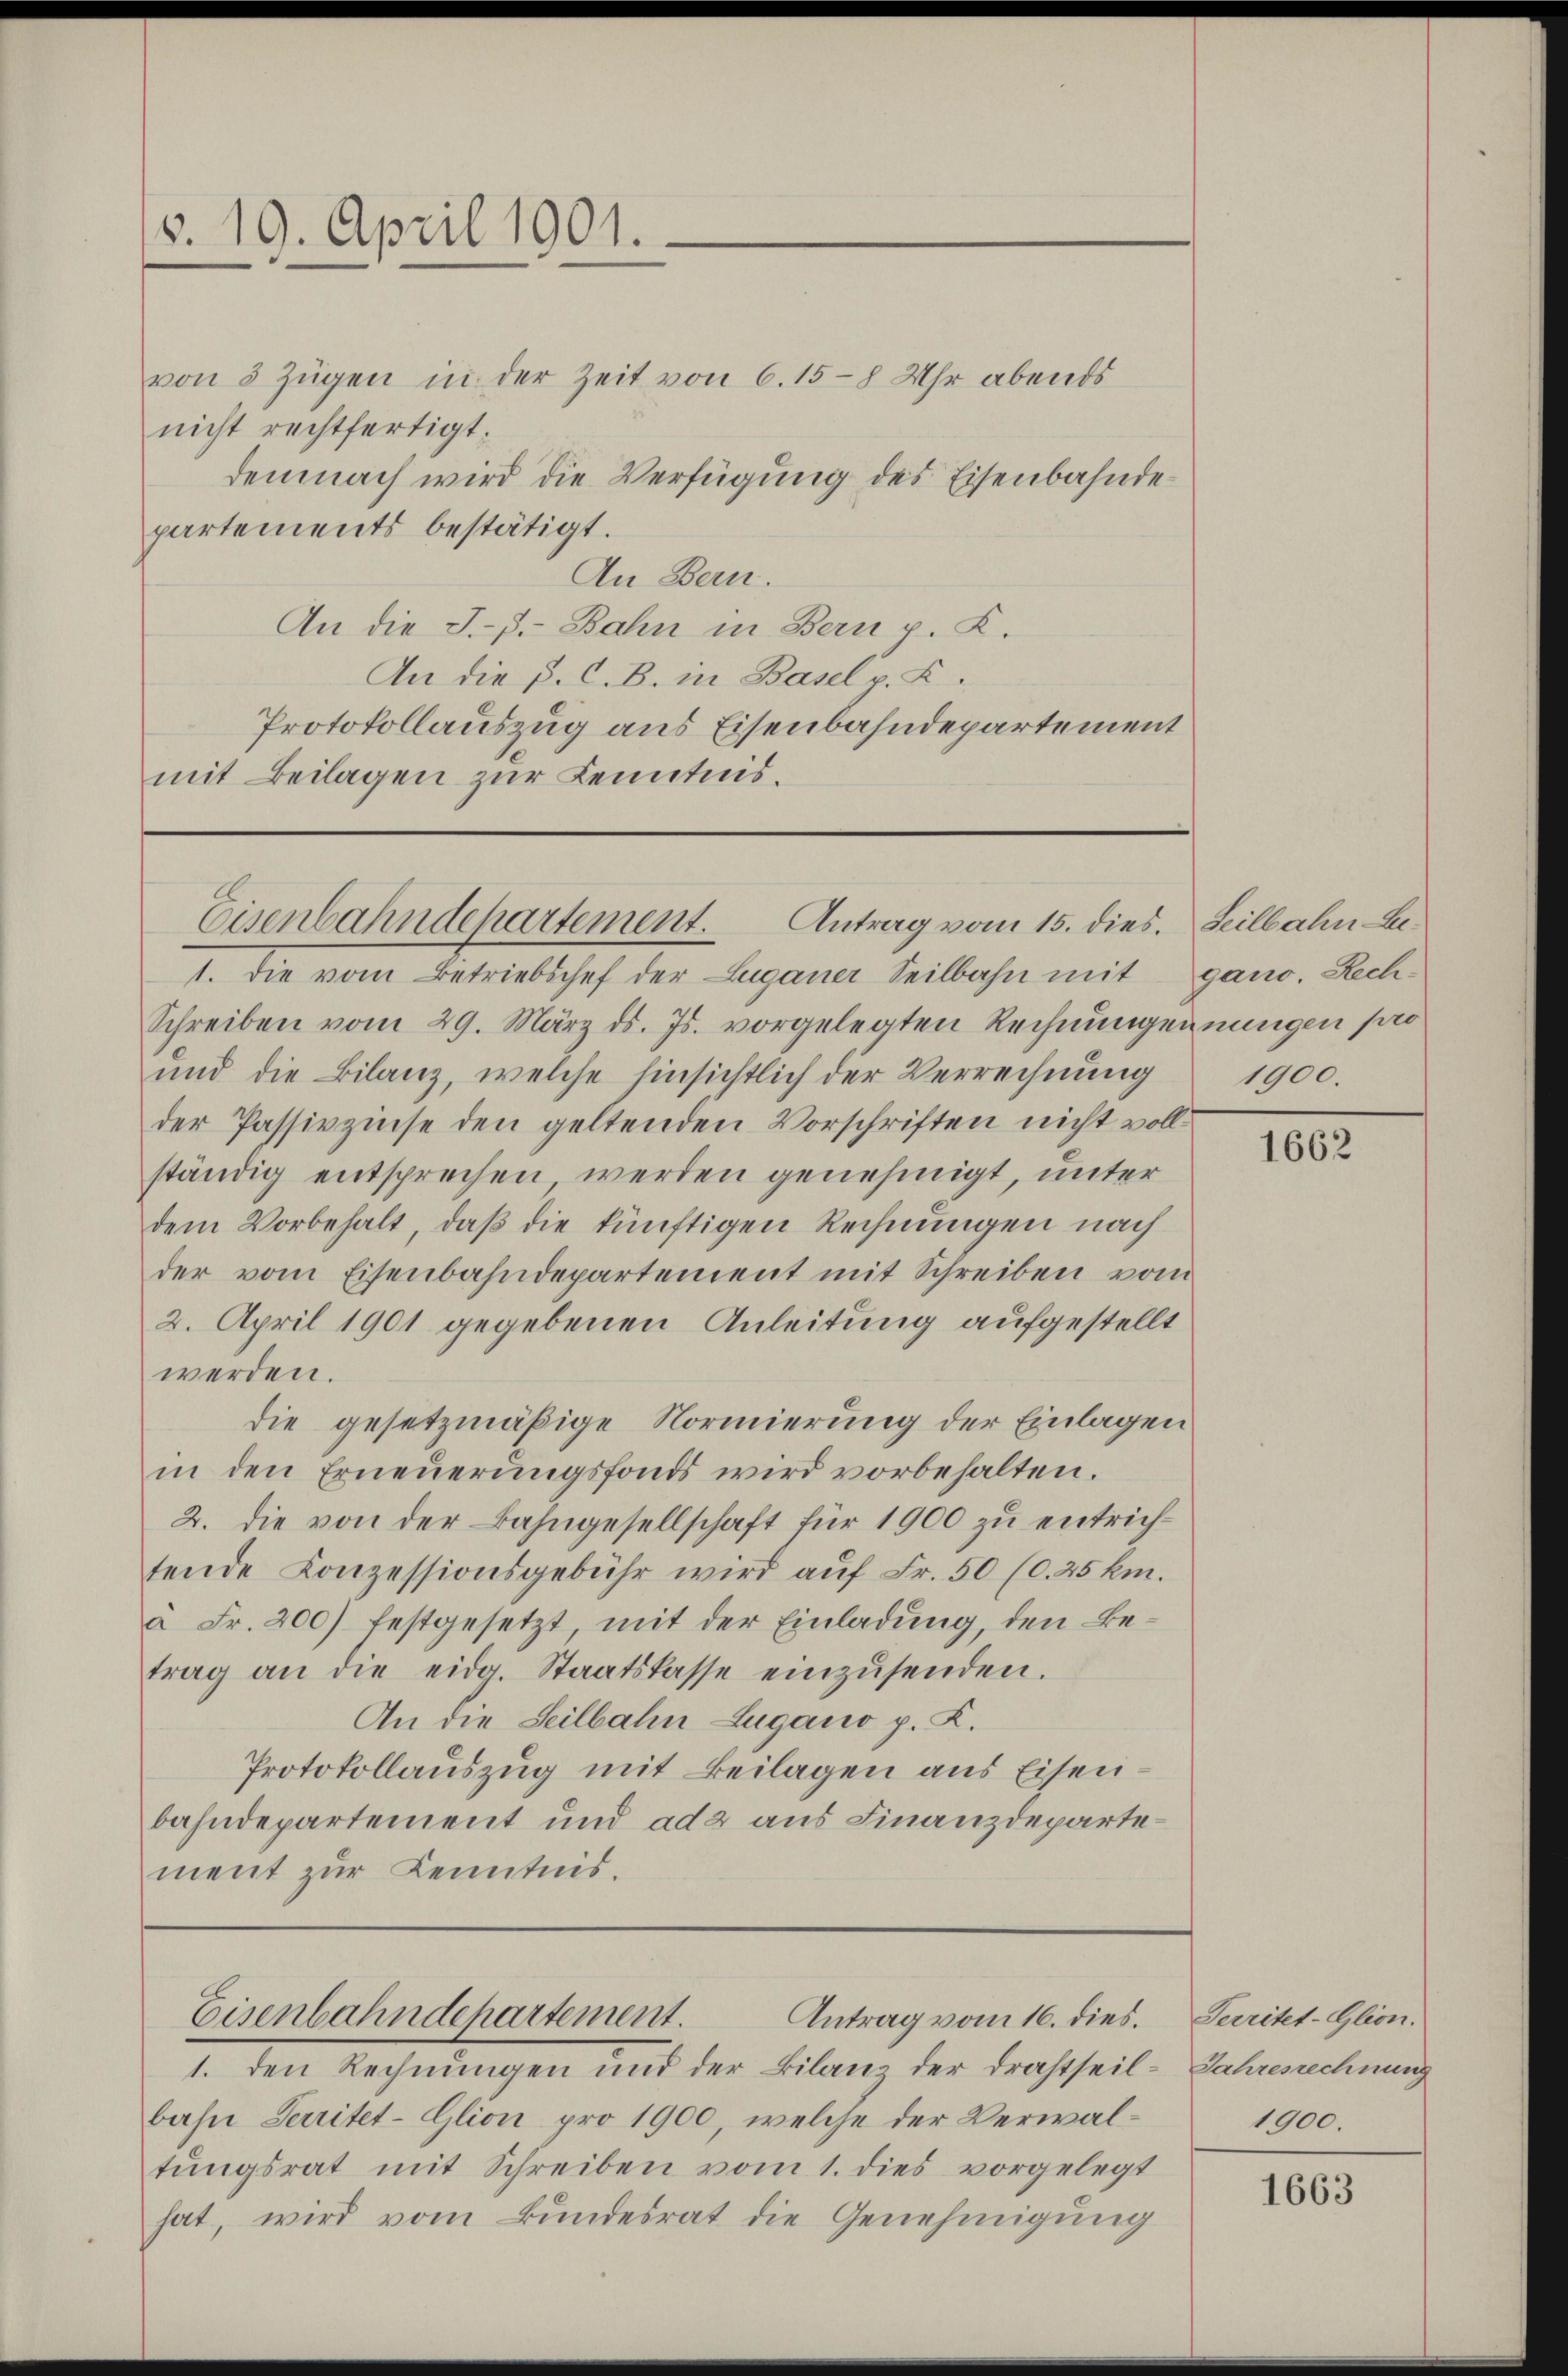
§. 19. April 1901.

Eisenbahndepartement. Antrag vom 15. dies. Seilbahn Le¬

von 3 Zügen in der Zeit von 6. 15-8 Uhr abends
nicht rechtfertigt;
demnach wird die Verfügung des Eisenbahndepartements bestätigt.
An Bern.
An die J.-3.- Bahn in Bern p. K.
An die P. C. B. in Basel v. K.
Protokollauszug aus Eisenbahndepartement
mit Beilagen zur Kenntnis.

Eisenbahndehartement.
Antrag vom 16. dies.
1. den Rechnungen und der Bilanz der Drahtseil¬

1. die vom Betriebschef der Luganer Seilbahn mit gano. Rech¬
Schreiben vom 29. März d. Js. vorgelegten Rechnungennungen pro
und die Bilanz, welche hinsichtlich der Verrechnung
der Passivzinse den geltenden Vorschriften nicht vollständig entsprechen werden genehmigt, unter
dem Vorbehalt, daß die künftigen Rechnungen nach
der vom Eisenbahndepartement mit Schreiben vom
2. April 1901 gegebenen Anleitung aufgestellt
werden.
die gesetzmäßige Normierung der Einlagen
in den Erneuerungsfonds wird vorbehalten.
2. die von der Bahngesellschaft für 1900 zu entrichfende Conzessionsgebühr wird aŭf Fr. 50 (0.25 km.
à Fr. 200) festgesetzt mit der Einladung, den Betrag an die eidg. Staatskasse einzŭsenden.
An die Seilbahn Lugano p. K.
Protokollauszug mit Beilagen aus Eisenbahndepartement und ad 2 aus Finanzdeparte –
ment zur Kenntnis.

bahn Territet-Glion pro 1900, welche der Verwaltŭngsrat mit Schreiben vom 1. dies vorgelegt
hat, wird vom Bundesrat die Genehmigung

1900.

1662

Perritet-Glion.
Jahresrechnung
1900.

1663